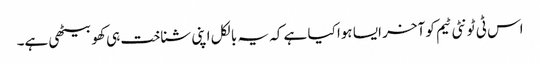
اس ٹی ٹونٹی ٹیم کو آخر ایسا ہوا کیا ہے کہ یہ بالکل اپنی شناخت ہی کھو بیٹھی ہے۔